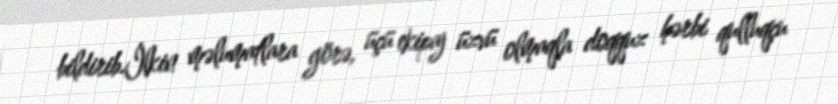
bildirib.İlkin məlumatlara görə, üçü ekipaj üzvü olmaqla doqquz hərbi qulluqçu